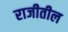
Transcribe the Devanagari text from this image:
राजीतील